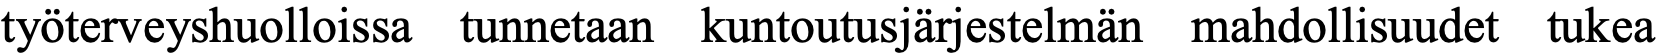
työterveyshuolloissa tunnetaan kuntoutusjärjestelmän mahdollisuudet tukea